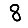
Digit: 8